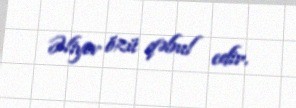
Əliyev özü qəbul edir.